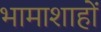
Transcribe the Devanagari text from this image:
भामाशाहों